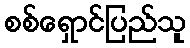
စစ်ရှောင်ပြည်သူ